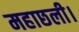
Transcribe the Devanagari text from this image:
महाछली।